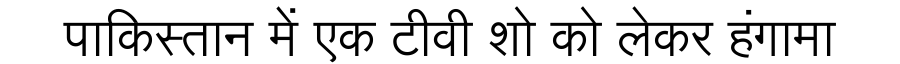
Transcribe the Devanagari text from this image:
पाकिस्तान में एक टीवी शो को लेकर हंगामा